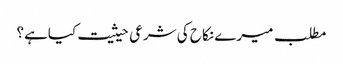
مطلب میرے نکاح کی شرعی حیثیت کیاہے؟